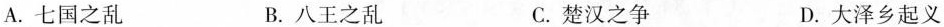
A.七国之乱 B.八王之乱 C.楚汉之争 D.大泽乡起义